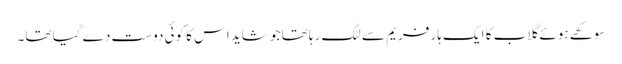
سوکھے ہوئے گلاب کا ایک ہار فریم سے لٹک رہا تھا جو شاید اس کا کوئی دوست دے گیا تھا۔